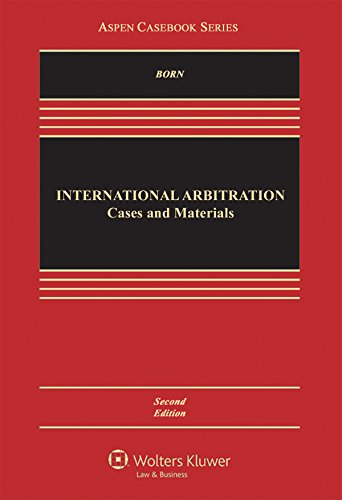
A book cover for International Arbitration: Cases and Materials (Aspen Casebook); Gary B. Born; Law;